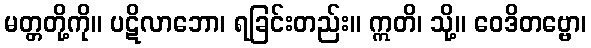
မတ္တတို့ကို။ ပဋိလာဘော၊ ရခြင်းတည်း။ ဣတိ၊ သို့။ ဝေဒိတဗ္ဗော၊